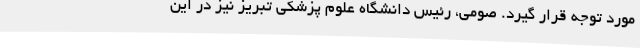
مورد توجه قرار گیرد. صومی، رئیس دانشگاه علوم پزشکی تبریز نیز در این